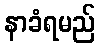
နာခံရမည်